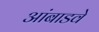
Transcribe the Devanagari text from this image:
आंबाडवे